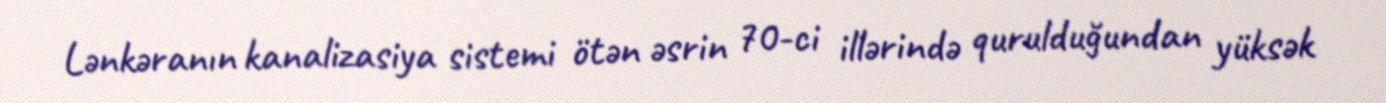
Lənkəranın kanalizasiya sistemi ötən əsrin 70-ci illərində qurulduğundan yüksək